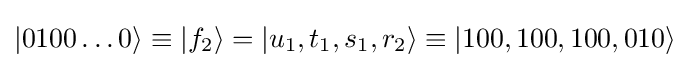
|0100\dots 0\rangle \equiv |f_{2}\rangle =|u_{1},t_{1},s_{1},r_{2}\rangle \equiv |100,100,100,010\rangle